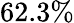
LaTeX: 62.3\%